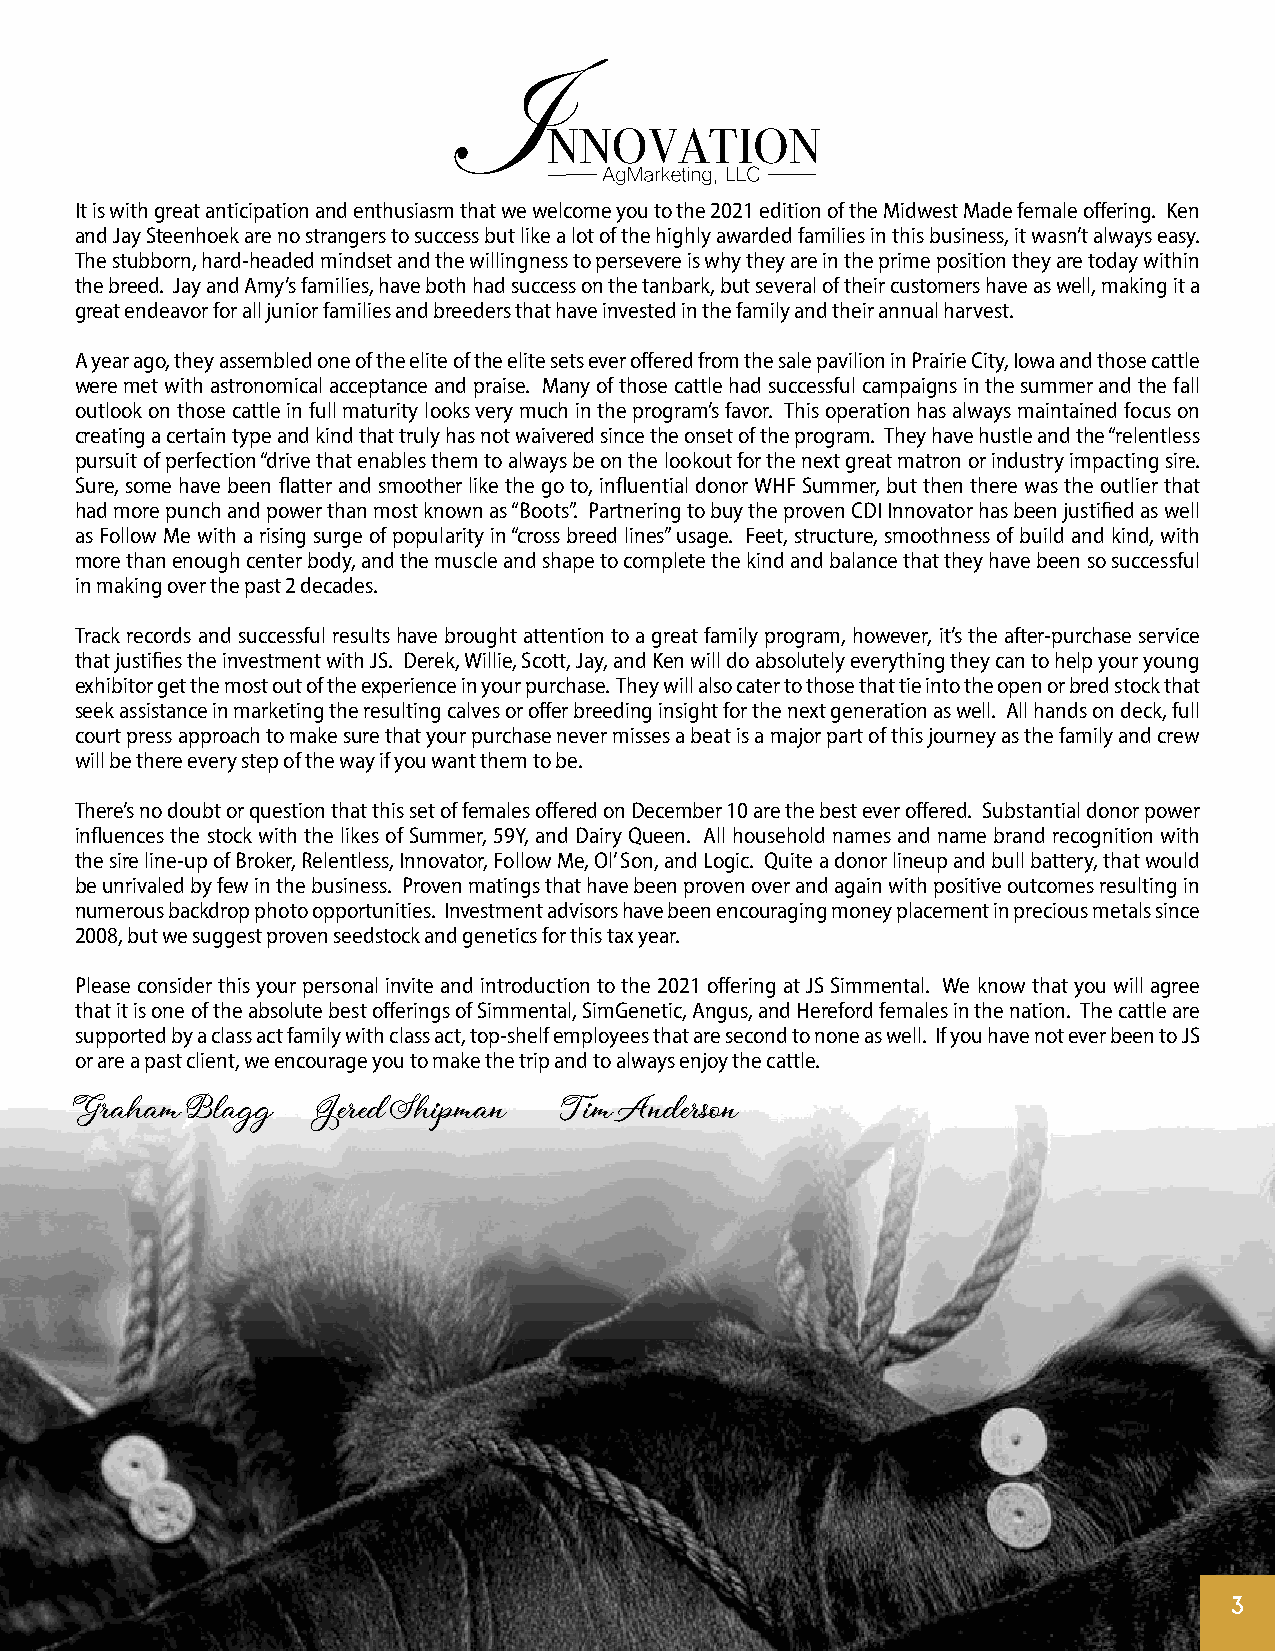
It is with great anticipation and enthusiasm that we welcome you to the 2021 edition of the Midwest Made female offering. Ken
 and Jay Steenhoek are no strangers to success but like a lot of the highly awarded families in this business, it wasn’t always easy.
 The stubborn, hard-headed mindset and the willingness to persevere is why they are in the prime position they are today within
 the breed. Jay and Amy’s families, have both had success on the tanbark, but several of their customers have as well, making it a
 great endeavor for all junior families and breeders that have invested in the family and their annual harvest.
 A year ago, they assembled one of the elite of the elite sets ever offered from the sale pavilion in Prairie City, Iowa and those cattle
 were met with astronomical acceptance and praise. Many of those cattle had successful campaigns in the summer and the fall
 outlook on those cattle in full maturity looks very much in the program’s favor. This operation has always maintained focus on
 creating a certain type and kind that truly has not waivered since the onset of the program. They have hustle and the “relentless
 pursuit of perfection “drive that enables them to always be on the lookout for the next great matron or industry impacting sire.
 Sure, some have been flatter and smoother like the go to, influential donor WHF Summer, but then there was the outlier that
 had more punch and power than most known as “Boots”. Partnering to buy the proven CDI Innovator has been justified as well
 as Follow Me with a rising surge of popularity in “cross breed lines” usage. Feet, structure, smoothness of build and kind, with
 more than enough center body, and the muscle and shape to complete the kind and balance that they have been so successful
 in making over the past 2 decades.
 Track records and successful results have brought attention to a great family program, however, it’s the after-purchase service
 that justifies the investment with JS. Derek, Willie, Scott, Jay, and Ken will do absolutely everything they can to help your young
 exhibitor get the most out of the experience in your purchase. They will also cater to those that tie into the open or bred stock that
 seek assistance in marketing the resulting calves or offer breeding insight for the next generation as well. All hands on deck, full
 court press approach to make sure that your purchase never misses a beat is a major part of this journey as the family and crew
 will be there every step of the way if you want them to be.
 There’s no doubt or question that this set of females offered on December 10 are the best ever offered. Substantial donor power
 influences the stock with the likes of Summer, 59Y, and Dairy Queen. All household names and name brand recognition with
 the sire line-up of Broker, Relentless, Innovator, Follow Me, Ol’ Son, and Logic. Quite a donor lineup and bull battery, that would
 be unrivaled by few in the business. Proven matings that have been proven over and again with positive outcomes resulting in
 numerous backdrop photo opportunities. Investment advisors have been encouraging money placement in precious metals since
 2008, but we suggest proven seedstock and genetics for this tax year.
 Please consider this your personal invite and introduction to the 2021 offering at JS Simmental. We know that you will agree
 that it is one of the absolute best offerings of Simmental, SimGenetic, Angus, and Hereford females in the nation. The cattle are
 supported by a class act family with class act, top-shelf employees that are second to none as well. If you have not ever been to JS
 or are a past client, we encourage you to make the trip and to always enjoy the cattle.
 Graham Blagg    Jered Shipman   Tim Anderson
 3